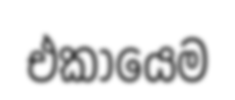
එකායෙම